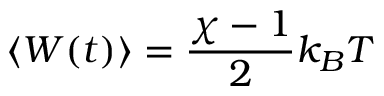
\langle W ( t ) \rangle = \frac { \chi - 1 } { 2 } k _ { B } T